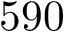
5 9 0